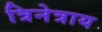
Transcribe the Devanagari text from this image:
त्रिनेत्राय